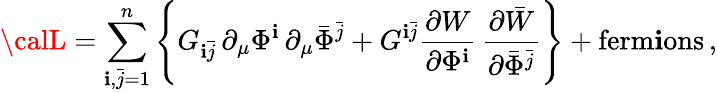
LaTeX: {\calL}=\sum_{\mathbf{i},\bar{{j}}=1}^{n}\left\{ G_{\mathbf{i}\bar{{j}}}\, \partial_{\mu}\Phi^{\mathbf{i}}\, \partial_{\mu}\bar{{\Phi}}^{\bar{{j}}}+G^{\mathbf{i}\bar{{j}}}\frac{{\partial{W}}}{{\partial\Phi^{\mathbf{i}}}}\, \frac{{\partial\bar{{W}}}}{{\partial\bar{{\Phi}}^{\bar{{j}}}}}\right\} +\mathrm{{ferm\mathbf{i}ons}}\, ,